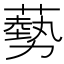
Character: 𫉥